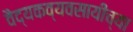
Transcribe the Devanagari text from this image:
वैद्यकव्यवसायीच्या